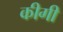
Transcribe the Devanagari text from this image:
कीगी